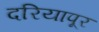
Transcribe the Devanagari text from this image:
दरियापूर